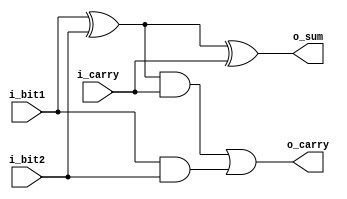
module full_adder 
  (
   i_bit1,
   i_bit2,
   i_carry,
   o_sum,
   o_carry
   );
 
  input  i_bit1;
  input  i_bit2;
  input  i_carry;
  output o_sum;
  output o_carry;
 
  wire   w_WIRE_1;
  wire   w_WIRE_2;
  wire   w_WIRE_3;
       
  assign w_WIRE_1 = i_bit1 ^ i_bit2;
  assign w_WIRE_2 = w_WIRE_1 & i_carry;
  assign w_WIRE_3 = i_bit1 & i_bit2;
 
  assign o_sum   = w_WIRE_1 ^ i_carry;
  assign o_carry = w_WIRE_2 | w_WIRE_3;
endmodule